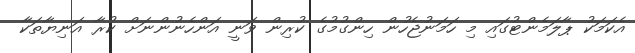
އެކަމަކު ޕާލަމެންޓުގައި މި ހަމަނުޖެހުން ހިންގުމުގެ ކުރިން ވަނީ އަންހެނުންނަށް ކުރާ އަނިޔާތަކާ